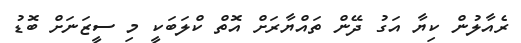
ރެއާލުން ކިޔާ އަގު ދޭން ތައްޔާރަށް އޮތް ކްލަބަކީ މި ސީޒަނަށް ބޮޑު